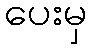
ပေးမှ